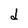
Character: d